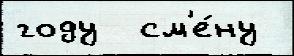
году  см'е́ну